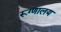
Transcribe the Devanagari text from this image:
रूग्‍णालय